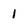
Character: 1